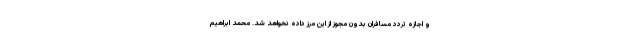
و اجازه تردد مسافران بدون مجوز از این مرز داده نخواهد شد. محمد ابراهیم